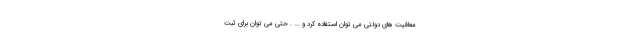
معافیت های دولتی می توان استفاده کرد و ... . حتی می توان برای ثبت